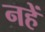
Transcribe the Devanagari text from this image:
नहें